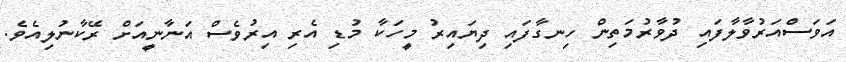
އަވަސްއަރުވާލާފައި ދުވާރުމަތިން ހިނގާފައި ދިޔައިރު މީހަކާ މުޑި އެރި އިރުވެސް އަނާނީއަށް ރޭކާނުލިއެވެ.